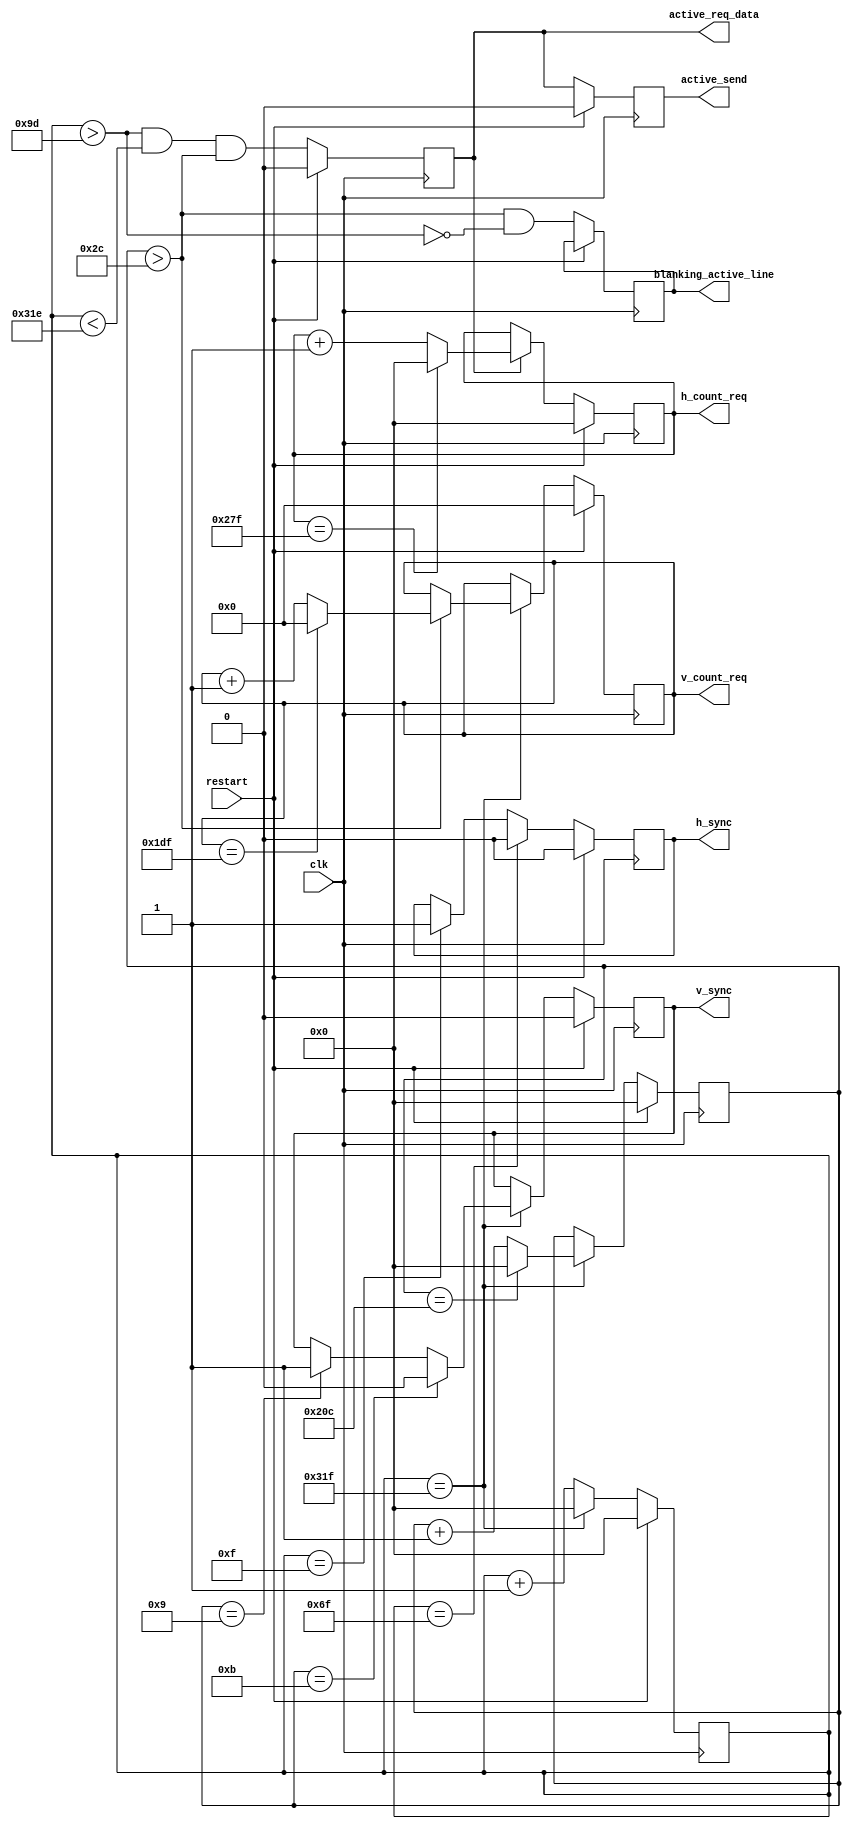
//`default_nettype none
`timescale 1ns / 1ps

module h_sync__v_sync__gen(
		h_count_req,
      v_count_req,
      active_req_data, // Active para realizar requests de datos
      active_send,     // Active realmente enviado
      blanking_active_line, // Blanking de la linea activa 
        
		h_sync,
		v_sync,
        

		restart,
		clk
    );


    // ----- PARAMETROS -----
    // Resolucion
    parameter H_PIXELS  = 640;
    parameter V_LINES   = 480;
    // Duracion pulsos de sincronismo horizontal (pixels)
    parameter H_FN_PRCH = 16; // Front porch
    parameter H_SYNC_PW = 96; // Pulse width
    parameter H_BK_PRCH = 48; // Back porch
    // Duracion pulsos de sincronismo vertical (lineas)
    parameter V_FN_PRCH = 10; // Front porch
    parameter V_SYNC_PW = 2;  // Pulse width
    parameter V_BK_PRCH = 33; // Back porch
    // Polaridad de seales de sincronismo
    parameter [0:0] H_SYNC_POL = 1;
    parameter [0:0] V_SYNC_POL = 1;


    
    // Periodos de los pulsos de sincronismo horizontal y vertical
    // Valor est retrasado un pulso de reloj con respecto a H_ACTIVE_END
    // Por lo que se genera un flip flop que atrase la seal del comparador
    localparam H_SYNC_PER = H_FN_PRCH + H_SYNC_PW + H_BK_PRCH + H_PIXELS - 1; // pixels
    localparam V_SYNC_PER = V_FN_PRCH + V_SYNC_PW + V_BK_PRCH + V_LINES - 1; // lineas
    
    // Inicio del video activo
    localparam H_ACTIVE_START = H_FN_PRCH + H_SYNC_PW + H_BK_PRCH - 3; // pixels
    localparam V_ACTIVE_START = V_FN_PRCH + V_SYNC_PW + V_BK_PRCH - 1; // lineas
    
    // Fin del video activo
    localparam H_ACTIVE_END   = H_FN_PRCH + H_SYNC_PW + H_BK_PRCH + H_PIXELS - 2; // pixel
    localparam V_ACTIVE_END   = V_FN_PRCH + V_SYNC_PW + V_BK_PRCH + V_LINES - 2; // linea
    
    
    // Inicio de h_sync y v_sync
    localparam H_SYNC_START   = H_FN_PRCH - 1; // pixels
    localparam V_SYNC_START   = V_FN_PRCH - 1; // lineas
    
    // Fin de h_sync y v_sync
    localparam H_SYNC_END     = H_FN_PRCH + H_SYNC_PW - 1; // pixels
    localparam V_SYNC_END     = V_FN_PRCH + V_SYNC_PW - 1; // lineas
    
    
    
    // Calcular bits necesarios para registros de los contadores
    // Totales
    localparam  H_BIG_COUNT_BITS = ceil_log2(H_SYNC_PER-1); // pixels
    localparam  V_BIG_COUNT_BITS = ceil_log2(V_SYNC_PER-1); // lineas 
    // Video activo
    localparam  H_COUNT_BITS = ceil_log2(H_PIXELS-1); // pixels
    localparam  V_COUNT_BITS = ceil_log2(V_LINES-1);  // lineas
    
    
    // ----- Salidas y entradas del mdulo -----
    output reg [H_COUNT_BITS-1:0]  h_count_req       = 0;
    output reg [V_COUNT_BITS-1:0]  v_count_req       = 0;
    output reg                     h_sync            = ~H_SYNC_POL;
    output reg                     v_sync            = ~V_SYNC_POL;
    output reg                     active_req_data   = 0;
    output reg                     active_send       = 0;
    output reg                     blanking_active_line = 0;
    
    input wire                     restart;
    input wire                     clk;
    
    
    
    
    //  Registros de contadores usados
    reg [H_BIG_COUNT_BITS-1:0] h_sync_per_counter = 0;
    reg [V_BIG_COUNT_BITS-1:0] v_sync_per_counter = 0;

   
    // -- Comparadores usados --
    // final periodo grande
    wire h_count_end_comp    = (h_sync_per_counter == H_SYNC_PER);
    wire v_count_end_comp    = (v_sync_per_counter == V_SYNC_PER);
    // h_sync
    wire h_sync_start_comp   = (h_sync_per_counter == H_SYNC_START);
    wire h_sync_end_comp     = (h_sync_per_counter == H_SYNC_END);
    // v_sync
    wire v_sync_start_comp   = (v_sync_per_counter == V_SYNC_START);
    wire v_sync_end_comp     = (v_sync_per_counter == V_SYNC_END);   
   
    // video activo horizontal
    wire h_active_start_comp = (h_sync_per_counter > H_ACTIVE_START);
    wire h_active_end_comp   = (h_sync_per_counter < H_ACTIVE_END);
    wire h_active_comp       = (h_active_start_comp && h_active_end_comp);
    // video activo vertical
    wire v_active_start_comp = (v_sync_per_counter > V_ACTIVE_START);
    // Video activo total
    wire active_video_comp   = (h_active_comp && v_active_start_comp);
    // Blanking si es linea activa
    //wire blanking_active_line_comp = (v_active_start_comp && ~h_active_comp );
    wire blanking_active_line_comp = (v_active_start_comp && ~h_active_start_comp);
    
    always @( posedge clk ) begin

        if( restart ) begin
            h_count_req <= 0;
            v_count_req <= 0;
            h_sync  <= ~H_SYNC_POL;
            v_sync  <= ~V_SYNC_POL;
            active_req_data  <= 0;
            active_send <= 0;
            h_sync_per_counter <= 0;
            v_sync_per_counter <= 0;
        end
        else begin
        
            // -- Generacin h_sync --
            if( h_sync_start_comp ) begin
                h_sync <= H_SYNC_POL;
            end
            if( h_sync_end_comp ) begin
                h_sync <= ~H_SYNC_POL;
            end

            
            // -- Contadores grandes ( incluyen blanking )
            // Incrementar contador horizontal
            h_sync_per_counter <= #1 h_sync_per_counter + 1'b1;

            // Linea completada
            if( h_count_end_comp ) begin
                h_sync_per_counter <= #1 0;
                
                // Incrementar contador de lineas
                if( v_count_end_comp ) begin
                    v_sync_per_counter <= #1 0;
                end
                else begin
                    v_sync_per_counter <= #1 v_sync_per_counter + 1'b1;
                end
                
                
                // Cuenta vertical
                if( v_active_start_comp ) begin
                    if( v_count_req == (V_LINES-1) ) begin
                        v_count_req <= #1 0;
                    end
                    else begin
                       v_count_req <= #1 v_count_req + 1'b1;
                    end
                end
                
                
                
                
                // -- Generacin v_sync --
                if( v_sync_start_comp ) begin
                    v_sync <= V_SYNC_POL;
                end
                if( v_sync_end_comp ) begin
                    v_sync <= ~V_SYNC_POL;
                end

                
            end
            
            
            // -- Video activo --
            active_req_data <= #1 active_video_comp;
            // 1 ciclo de retraso (el ciclo que se demora en llegar los datos)
            active_send <= #1 active_req_data;
            // Blanquing de linea activa
            blanking_active_line <= #1 blanking_active_line_comp;
            
            // Cuenta horizontal
            if( active_req_data ) begin
            
                if( h_count_req == (H_PIXELS-1) ) begin
                    h_count_req <= #1 0;
                end
                else begin
                    h_count_req <= #1 h_count_req + 1'b1;
                end
            end

   
        end

    end
    
    
    
    // calcula bits necesarios para representar el argumento "in_number"
    // Evaluada en tiempo de sintesis
	function integer ceil_log2( input [31:0] in_number );
    begin
        for( ceil_log2 = 0; in_number > 0; ceil_log2 = ceil_log2 + 1 )
          in_number = in_number >> 1;
    end
    endfunction

endmodule